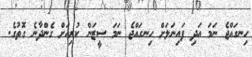
ހިނގައްޖެ ނަމަ އަދި ފައިނަލަށް ހިނގައްޖެ ނަމަ ސީޒަން ކުރިއަށް ގެންދާނެ ގޮތުގެ.